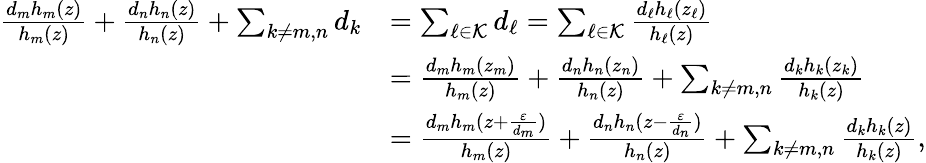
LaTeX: \begin{array}{rl}{\frac{d_{m}h_{m}(z)}{h_{m}(z)}+\frac{d_{n}h_{n}(z)}{h_{n}(z)}+\sum_{k\ne m,n}d_{k}}&{=\sum_{\ell\in\mathcal{K}}d_{\ell}=\sum_{\ell\in\mathcal{K}}\frac{d_{\ell}h_{\ell}(z_{\ell})}{h_{\ell}(z)}}\\ &{=\frac{d_{m}h_{m}(z_{m})}{h_{m}(z)}+\frac{d_{n}h_{n}(z_{n})}{h_{n}(z)}+\sum_{k\ne m,n}\frac{d_{k}h_{k}(z_{k})}{h_{k}(z)}}\\ &{=\frac{d_{m}h_{m}(z+\frac{\varepsilon}{d_{m}})}{h_{m}(z)}+\frac{d_{n}h_{n}(z-\frac{\varepsilon}{d_{n}})}{h_{n}(z)}+\sum_{k\ne m,n}\frac{d_{k}h_{k}(z)}{h_{k}(z)},}\end{array}